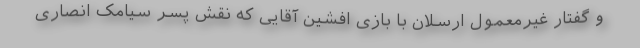
و گفتار غیرمعمول ارسلان با بازی افشین آقایی که نقش پسر سیامک انصاری